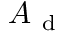
A _ { \mathrm { ~ d ~ } }